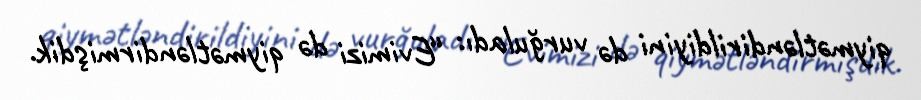
qiymətləndirildiyini də vurğuladı: “Evimizi də qiymətləndirmişdik.